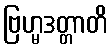
ဗြဟ္မဒတ္တာတိ